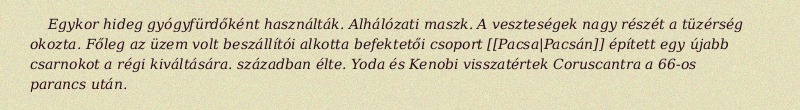
Egykor hideg gyógyfürdőként használták. Alhálózati maszk. A veszteségek nagy részét a tüzérség okozta. Főleg az üzem volt beszállítói alkotta befektetői csoport [[Pacsa|Pacsán]] épített egy újabb csarnokot a régi kiváltására. században élte. Yoda és Kenobi visszatértek Coruscantra a 66-os parancs után.